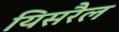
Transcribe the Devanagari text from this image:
यिसरैल